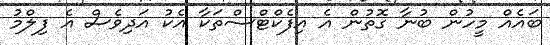
ބައެއް މީހުން ބުނާ ގޮތުން އެ އިފެކްޓްސްތަކާ އެކު އަދިވެސް އެ ފިލްމު